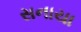
સનાયા